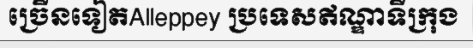
ច្រើនទៀតAlleppey ប្រទេសឥណ្ឌាទីក្រុង